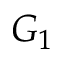
G _ { 1 }